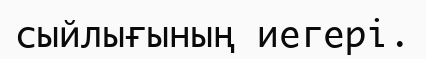
сыйлығының иегері.